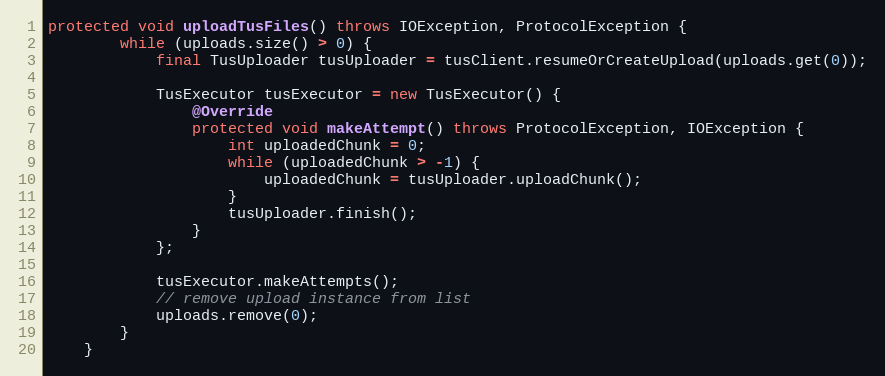
Language: Java
protected void uploadTusFiles() throws IOException, ProtocolException {
        while (uploads.size() > 0) {
            final TusUploader tusUploader = tusClient.resumeOrCreateUpload(uploads.get(0));

            TusExecutor tusExecutor = new TusExecutor() {
                @Override
                protected void makeAttempt() throws ProtocolException, IOException {
                    int uploadedChunk = 0;
                    while (uploadedChunk > -1) {
                        uploadedChunk = tusUploader.uploadChunk();
                    }
                    tusUploader.finish();
                }
            };

            tusExecutor.makeAttempts();
            // remove upload instance from list
            uploads.remove(0);
        }
    }